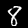
Label: 8